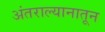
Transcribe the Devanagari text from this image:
अंतराल्यानातून